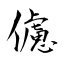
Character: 儢